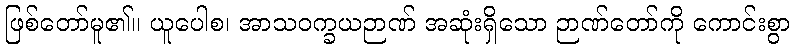
ဖြစ်တော်မူ၏။ ယူပေါစ၊ အာသဝက္ခယဉာဏ် အဆုံးရှိသော ဉာဏ်တော်ကို ကောင်းစွာ